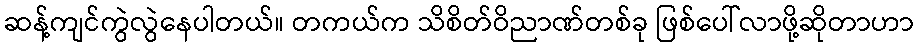
ဆန့်ကျင်ကွဲလွဲနေပါတယ်။ တကယ်က သိစိတ်ဝိညာဏ်တစ်ခု ဖြစ်ပေါ်လာဖို့ဆိုတာဟာ